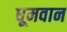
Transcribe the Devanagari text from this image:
धूमवान